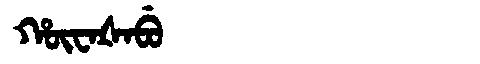
Manchu: ᡥᡡᠸᠠᡧᠠᠪᡠ
Romanization: HŪWAŠABU